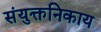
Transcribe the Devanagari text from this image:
संयुक्तनिकाय